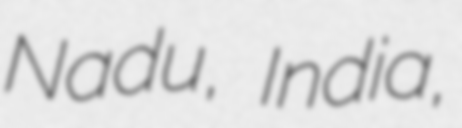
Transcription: Nadu, India,